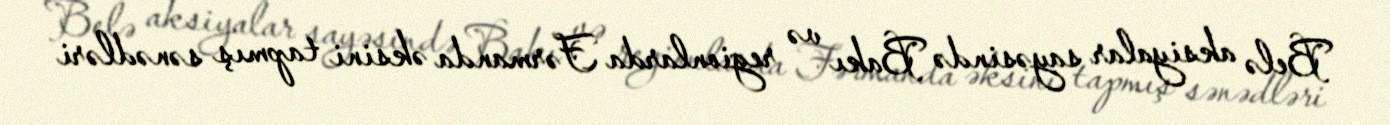
Belə aksiyalar sayəsində Bakı və regionlarda Fərmanda əksini tapmış sənədləri